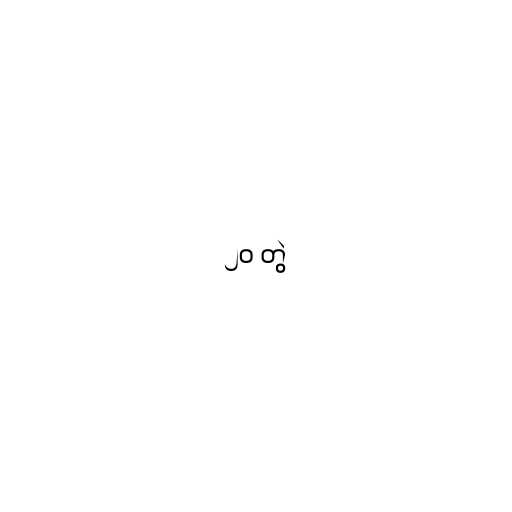
၂၀ တွဲ